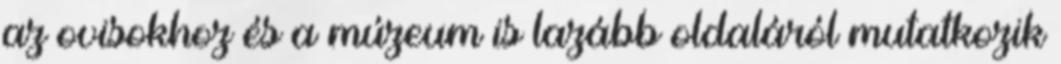
az ovisokhoz és a múzeum is lazább oldaláról mutatkozik